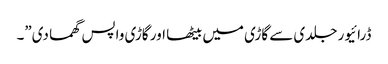
ڈرائیور جلدی سے گاڑی میں بیٹھا اور گاڑی واپس گھما دی”۔